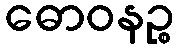
ဓောဝနဉ္စ